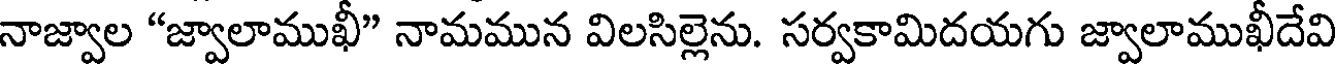
నాజ్వాల "జ్వాలాముఖీ" నామమున విలసిల్లెను. సర్వకామిదయగు జ్వాలాముఖీదేవి